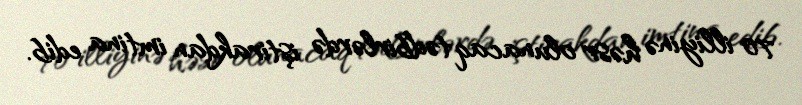
70 illiyinə həsr olunacaq tədbirlərdə iştirakdan imtina edib.